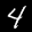
Label: 4